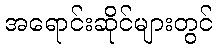
အရောင်းဆိုင်များတွင်